Annual report of the Civil Veterinary Department, Bengal, and of the Bengal Veterinary College, for the year 1902-1903 - 1902-1903
Year: 1902
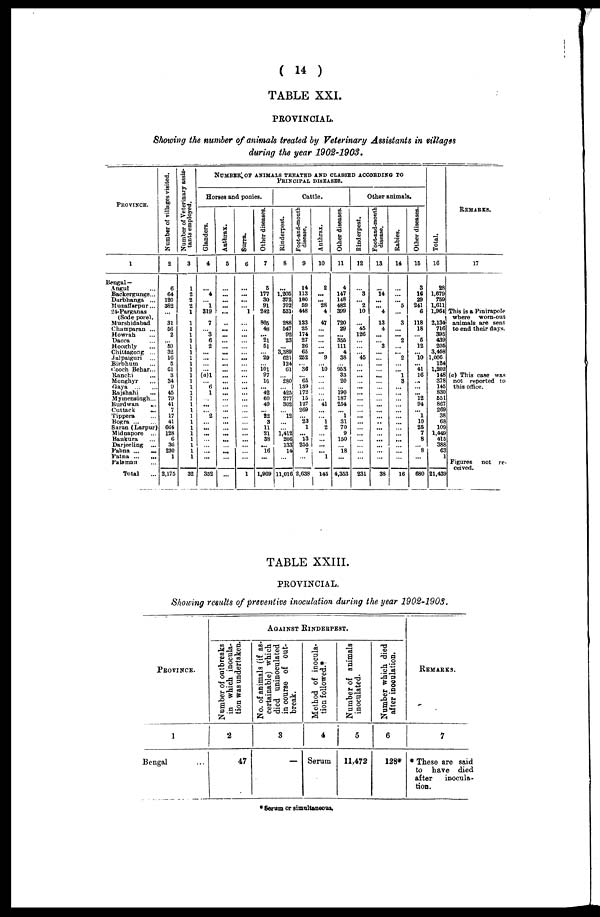
( 14 )
TABLE XXI.
PROVINCIAL.
Showing the number of animals treated by Veterinary Assistants in villages
during the year 1902-1903.
PROVINCE.
1
Bengal —
Angul ...
Backergunge ...
Darbhanga ...
Muzaffarpur ...
24-Parganas
(Sode pore).
Murshidabad
Champaran ...
Howrah ...
Dacca ...
Hooghly ...
Chittagong ...
Jalpaiguri ...
Birbhum ...
Cooch Behar ...
Ranchi ...
Monghyr ...
Gaya
...
...
Rajshahi
...
Mymensingh ...
Burdwan
...
Cuttack ...
Tippera ...
Bogra ... ...
Saran (Larpur)
Midnapore ...
Bankura ...
Darjeeling ...
Pabna ...
...
Patna
...
...
Palamau ...
Total ...
Number of villages visited.
2
6
64
120
382
...
31
56
2
... 69
32
16
5
61
3
34
0
45
79
41
7
17
41
664
128
6
36
230
1
2,175
Number of Veterinary assis-
tants employed.
3
1
2
2
2
1
1
1
1
1
1
1
1
1
1
1
1
1
1
1
1
1
1
1
1
1
1
1
1
1
32
NUMBER OF ANIMALS TREATED AND CLASSED ACCORDING TO
PRINCIPAL DISEASES.
Horses and ponies.
Glanders.
4
... 4
1
319
7
3
6
2
...
...
...
... (a)1
... 6
1
...
...
... 2
...
...
...
...
...
...
...
352
Anthrax.
5
...
...
...
...
...
...
...
...
...
...
...
...
...
...
...
...
...
...
...
...
...
...
...
...
...
...
...
...
...
Surra.
6
...
...
...
... 1
...
...
...
...
...
...
...
...
...
...
...
... ...
...
...
...
...
...
...
...
...
...
...
...
1
Other diseases.
7
5
177
30
91
242
805
48
... 21
51
... 29
... 101
97
10
... 42
60
49
... 22
3
11
21
38
... 16
...
1,969
Rinderpest.
8
...
1,205
372
702
531
288
547
92
23
... 3,389
621
124
61
... 280
... 425
277
302
... 12
...
... 1,412
206
133
14
...
11,016
Cattle.
foot-and-mouth
disease.
9
14
113
180
59
448
133
25
174
27
26
60
252
... 36
... 65
139
172
15
127
269
"23
1
...
13
255
7
...
2,638
Anthrax.
10
2
...
... 28
4
47
...
...
...
...
... 9
... 10
...
...
...
...
... 41
...
... 1
2
...
...
...
... 1
145
Other diseases.
11
4
147
148
482
399
720
29
... 355
111
4
38
953
33
20
190
187
254
... 1
31
70
9
150
...
18
...
4,353
Other animals.
Rinderpest.
12
... 3
... 2
10
... 45
126
...
...
... 45
...
...
...
...
...
...
...
...
...
...
...
...
...
...
...
...
...
231
Foot-and-mouth
disease.
13
... 14
...
... 4
13
4
...
3
...
...
...
...
...
...
...
38
Rabies.
14
...
...
... 5
...
3
...
... 2
...
... 2
...
... 1
3
...
...
...
...
...
...
...
...
...
...
...
...
16
Other diseases.
15
3
16
29
241
6
118
18
"5
12
10
... 41
16
...
...
12
94
... 1
10
25
7
8
8
...
680
Tot al .
16
28
1,679
759
1,611
1,961
2,134
716
395
439
205
3,458
1,006
124
1,202
148
378
145
830
551
867
269
38
68
109
1,449
415
388
63
1
21,439
REMARKS.
17
This is a Pinjrapole
where
worn-out
animals are sent
to end their days.
(a) This case was
not reported to
this office.
Figures
not re-
ceived.
TABLE XXIII.
PROVINCIAL.
Showing results of preventive inoculation during the year 1902-1903.
PROVINCE.
1
Bengal ...
AGAINST RINDERPEST.
Number of outbreaks
in which inocula-
tion was undertaken.
2
47
No. of animals (if as-
certainable) which
died uninoculated
in course of out-
break.
3
—
Method of inocula-
tion followed.*
4
Serum
Number of animals
inoculated.
5
11,472
Number which died
after inoculation.
6
128*
REMARKS.
7
* These are said
to have died
after
inocula-
tion.
* Serum or simultaneous.